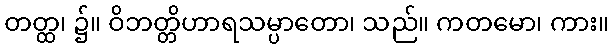
တတ္ထ၊ ၌။ ဝိဘတ္တိဟာရသမ္ပာတော၊ သည်။ ကတမော၊ ကား။